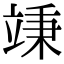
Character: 𥪕